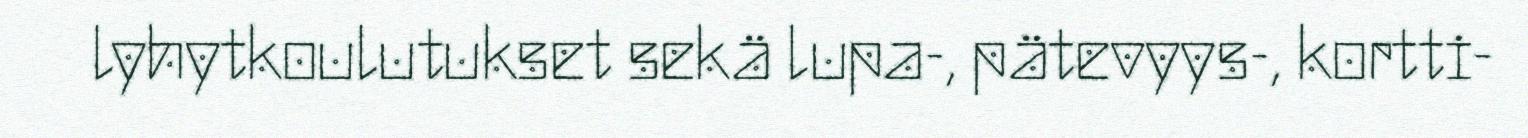
lyhytkoulutukset sekä lupa-, pätevyys-, kortti-